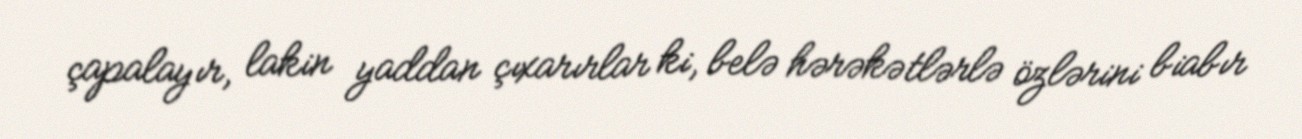
çapalayır, lakin yaddan çıxarırlar ki, belə hərəkətlərlə özlərini biabır